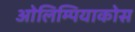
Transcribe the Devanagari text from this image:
ओलिम्पियाकोस